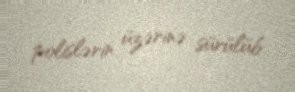
polislərin üzərinə sürülüb.